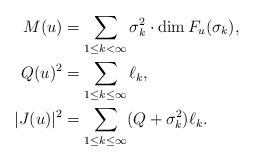
LaTeX: \begin{align*}M(u)&=\sum_{1\leq k<\infty} \sigma_k^2\cdot \dim F_u(\sigma_k),\\Q(u)^2&=\sum_{1\leq k\leq \infty} \ell_k,\\|J(u)|^2&=\sum_{1\leq k\leq \infty} (Q+\sigma_k^2)\ell_k.\end{align*}